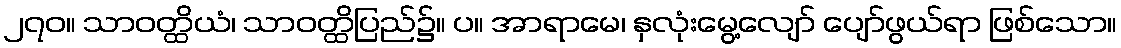
၂၇၀။ သာဝတ္ထိယံ၊ သာဝတ္ထိပြည်၌။ ပ။ အာရာမေ၊ နှလုံးမွေ့လျော် ပျော်ဖွယ်ရာ ဖြစ်သော။